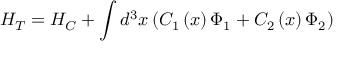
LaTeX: H _ { T } = H _ { C } + \int d ^ { 3 } x \left( C _ { 1 } \left( x \right) \Phi _ { 1 } + C _ { 2 } \left( x \right) \Phi _ { 2 } \right)